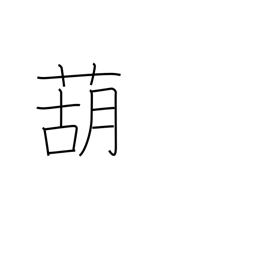
Meaning: garlic